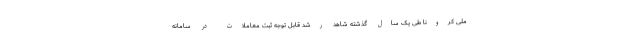
ملی کرونا طی یک سال گذشته شاهد رشد قابل توجه ثبت معاملات در سامانه